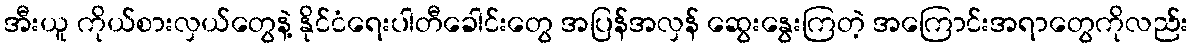
အီးယူ ကိုယ်စားလှယ်တွေနဲ့ နိုင်ငံရေးပါတီခေါင်းတွေ အပြန်အလှန် ဆွေးနွေးကြတဲ့ အကြောင်းအရာတွေကိုလည်း